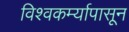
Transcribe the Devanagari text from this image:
विश्वकर्म्यापासून